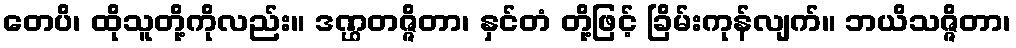
တေပိ၊ ထိုသူတို့ကိုလည်း။ ဒဏ္ဌတဇ္ဇိတာ၊ နှင်တံ တို့ဖြင့် ခြိမ်းကုန်လျက်။ ဘယိသဇ္ဇိတာ၊